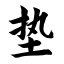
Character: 垫